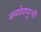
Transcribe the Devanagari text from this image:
जमशेदपूरची